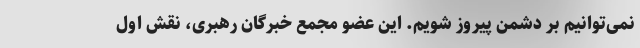
نمی‌توانیم بر دشمن پیروز شویم. این عضو مجمع خبرگان رهبری، نقش اول